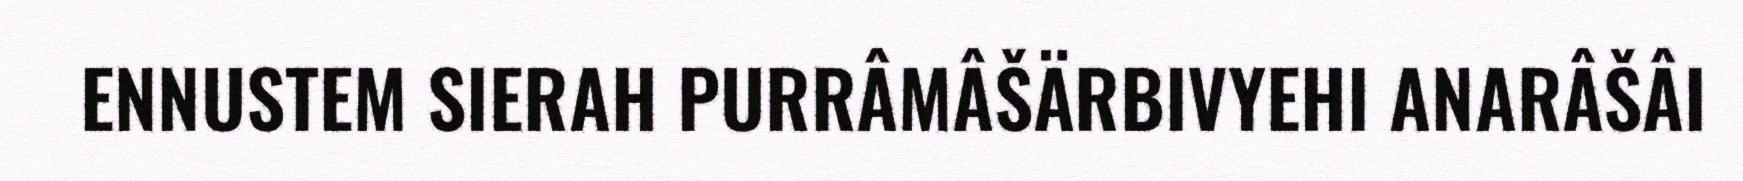
ENNUSTEM SIERAH PURRÂMÂŠÄRBIVYEHI ANARÂŠÂI